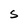
Character: S